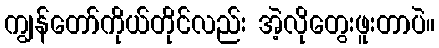
ကျွန်တော်ကိုယ်တိုင်လည်း အဲ့လိုတွေးဖူးတာပဲ။